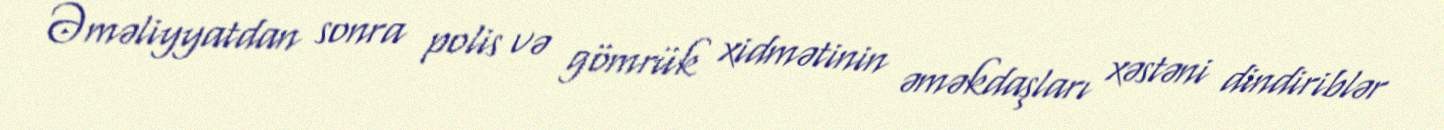
Əməliyyatdan sonra polis və gömrük xidmətinin əməkdaşları xəstəni dindiriblər